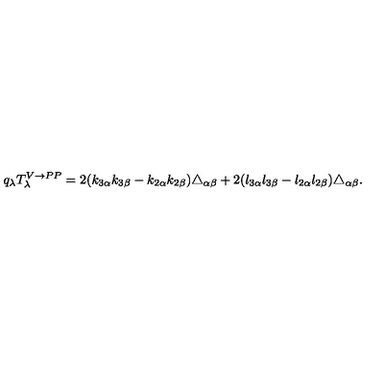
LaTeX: q _ { \lambda } T _ { \lambda } ^ { V \rightarrow P P } = 2 ( k _ { 3 \alpha } k _ { 3 \beta } - k _ { 2 \alpha } k _ { 2 \beta } ) \triangle _ { \alpha \beta } + 2 ( l _ { 3 \alpha } l _ { 3 \beta } - l _ { 2 \alpha } l _ { 2 \beta } ) \triangle _ { \alpha \beta } .